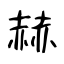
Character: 赫